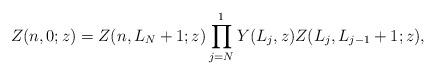
LaTeX: \begin{align*} Z(n,0;z)=Z(n,L_N + 1;z) \prod_{j=N}^1 Y(L_j,z) Z(L_j,L_{j-1} + 1;z),\end{align*}